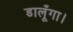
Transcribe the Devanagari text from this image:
डालूँगा।